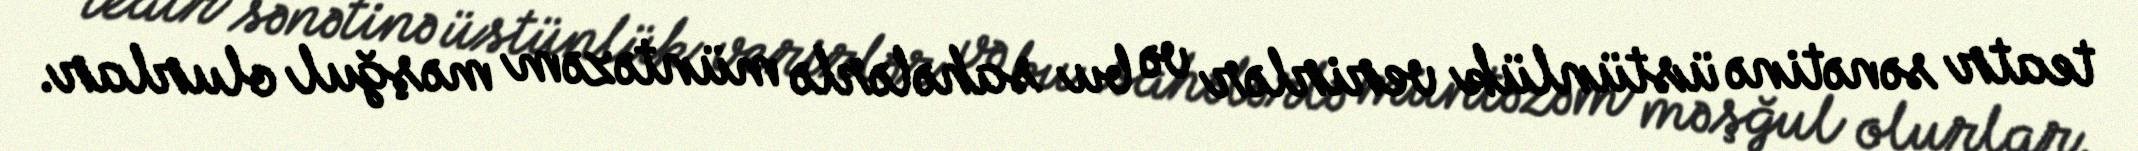
teatr sənətinə üstünlük verirlər və bu sahələrlə müntəzəm məşğul olurlar.